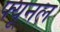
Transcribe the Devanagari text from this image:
फ्यूनल